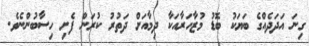
ގިނަ އަދަދެއްގެ ބަޔަކު ބޮޑު މުޒާހަރާއަކާ ދިމާއަށް ދަތުރު ކުރަން ފެށި ހިސާބުންނެވެ.